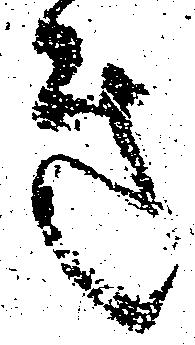
き